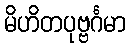
မိဟိတပုဗ္ဗင်္ဂမာ